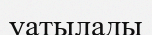
уатылады